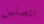
تتصلين